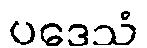
ပဒေသံ